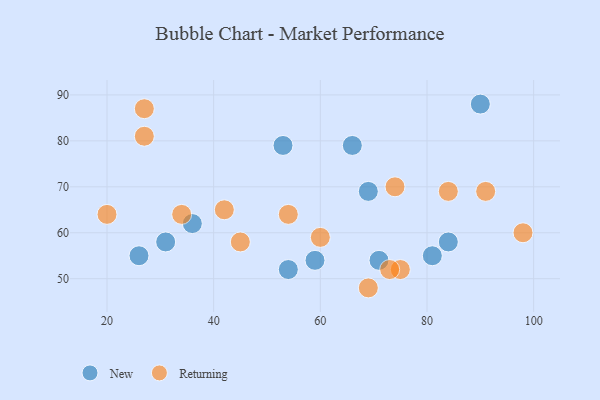
{"axis": {"x": "GDP", "y": "Life Expectancy"}, "legend": ["New", "Returning"], "data": [{"x": "59", "y": 54, "type": "New"}, {"x": "66", "y": 79, "type": "New"}, {"x": "53", "y": 79, "type": "New"}, {"x": "54", "y": 52, "type": "New"}, {"x": "69", "y": 69, "type": "New"}, {"x": "26", "y": 55, "type": "New"}, {"x": "36", "y": 62, "type": "New"}, {"x": "31", "y": 58, "type": "New"}, {"x": "90", "y": 88, "type": "New"}, {"x": "71", "y": 54, "type": "New"}, {"x": "81", "y": 55, "type": "New"}, {"x": "84", "y": 58, "type": "New"}, {"x": "42", "y": 65, "type": "Returning"}, {"x": "27", "y": 87, "type": "Returning"}, {"x": "45", "y": 58, "type": "Returning"}, {"x": "98", "y": 60, "type": "Returning"}, {"x": "74", "y": 70, "type": "Returning"}, {"x": "34", "y": 64, "type": "Returning"}, {"x": "69", "y": 48, "type": "Returning"}, {"x": "91", "y": 69, "type": "Returning"}, {"x": "54", "y": 64, "type": "Returning"}, {"x": "60", "y": 59, "type": "Returning"}, {"x": "20", "y": 64, "type": "Returning"}, {"x": "75", "y": 52, "type": "Returning"}, {"x": "73", "y": 52, "type": "Returning"}, {"x": "27", "y": 81, "type": "Returning"}, {"x": "84", "y": 69, "type": "Returning"}]}